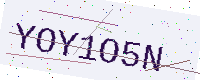
Text: YOY1O5N